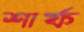
শার্ফ